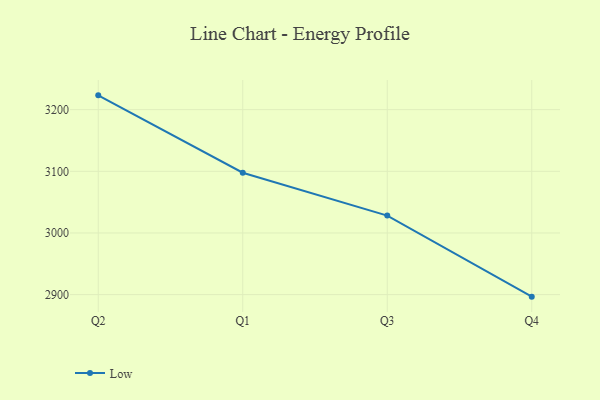
{"axis": {"x": "Quarter", "y": "Production Output"}, "legend": ["Low"], "data": [{"x": "Q2", "y": 3223.2, "type": "Low"}, {"x": "Q1", "y": 3097.7, "type": "Low"}, {"x": "Q3", "y": 3028.2, "type": "Low"}, {"x": "Q4", "y": 2896.7, "type": "Low"}]}